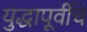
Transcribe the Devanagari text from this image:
युद्धापूर्वीचे